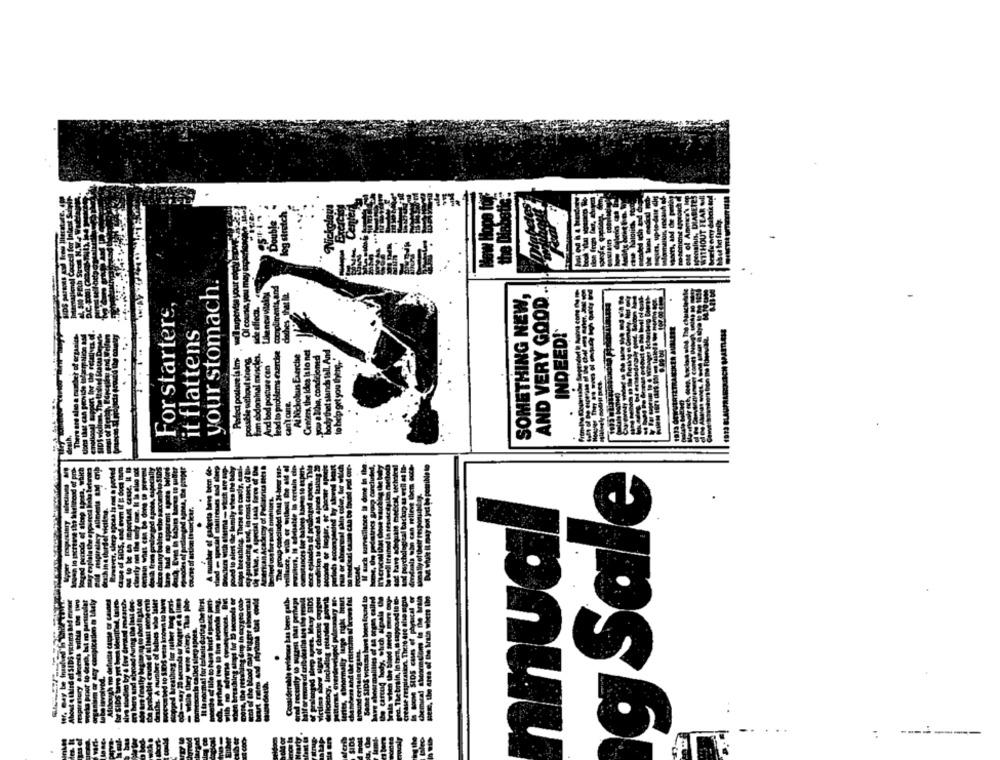
your stomach.
SOMETHING NEW,
AND VERY GOOD
For starters
'it flattens
INDEED!
Centers, the Idea Is lo net
die without sions
Fam abdominal mirscies.
lead to problems exerche
At Nicholeurs Exercise
Perfect poutune (a Ims
And bad posture con
possible wi
g Sale
nnual
------